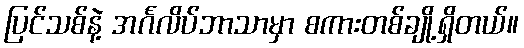
ပြင်သစ်နဲ့ အင်္ဂလိပ်ဘာသာမှာ စကားတစ်ချို့ရှိတယ်။